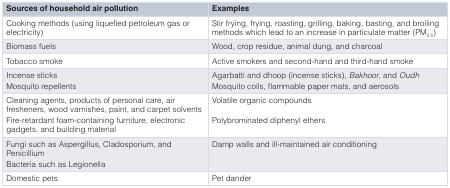
| Sources of household air pollution | Examples |
 | --- | --- |
 | Cooking methods (using liquefied petroleum gas orelectricity) | Stir frying, frying, roasting, grilling, baking, basting, and broilingmethods which lead to an increase in particulate matter (PM2.5) |
 | Biomass fuels | Wood, crop residue, animal dung, and charcoal |
 | Tobacco smoke | Active smokers and second-hand and third-hand smoke |
 | Incense sticksMosquito repellents | Agarbatti and dhoop (incense sticks),Bakhoor, andOudhMosquito coils, flammable paper mats, and aerosols |
 | Cleaning agents, products of personal care, airfresheners, wood varnishes, paint, and carpet solventsFire-retardant foam-containing furniture, electronicgadgets, and building material | Volatile organic compoundsPolybrominated diphenyl ethers |
 | Fungi such as Aspergillus, Cladosporium, andPenicilliumBacteria such as Legionella | Damp walls and ill-maintained air conditioning |
 | Domestic pets | Pet dander |